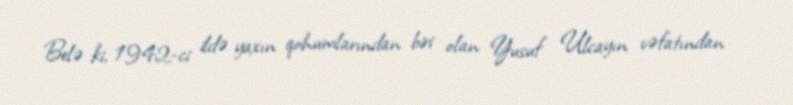
Belə ki, 1942-ci ildə yaxın qohumlarından biri olan Yusuf Ulcayın vəfatından